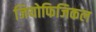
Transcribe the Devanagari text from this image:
जियोफिजिकल